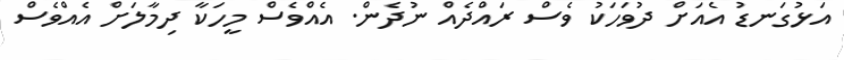
އަޅުގަނޑު އެއަށް ދުވަހަކު ވެސް ރައްދެއް ނުދެން. އެއްވެސް މީހަކާ ދިމާލަށް އެއްވެސް